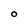
Character: O